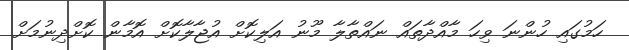
ހަމުގައި ހުންނަ ވިހަ މާއްދާތައް ނައްތާލާ މޫނު އަލިކޮށް އުޖާލާކޮށް އޮމާން ކޮށްދިނުމަށް